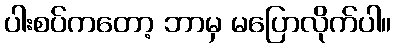
ပါးစပ်ကတော့ ဘာမှ မပြောလိုက်ပါ။